画像に写った文字を読んでください
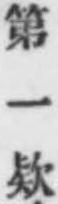
「第一欵」と書いてあります